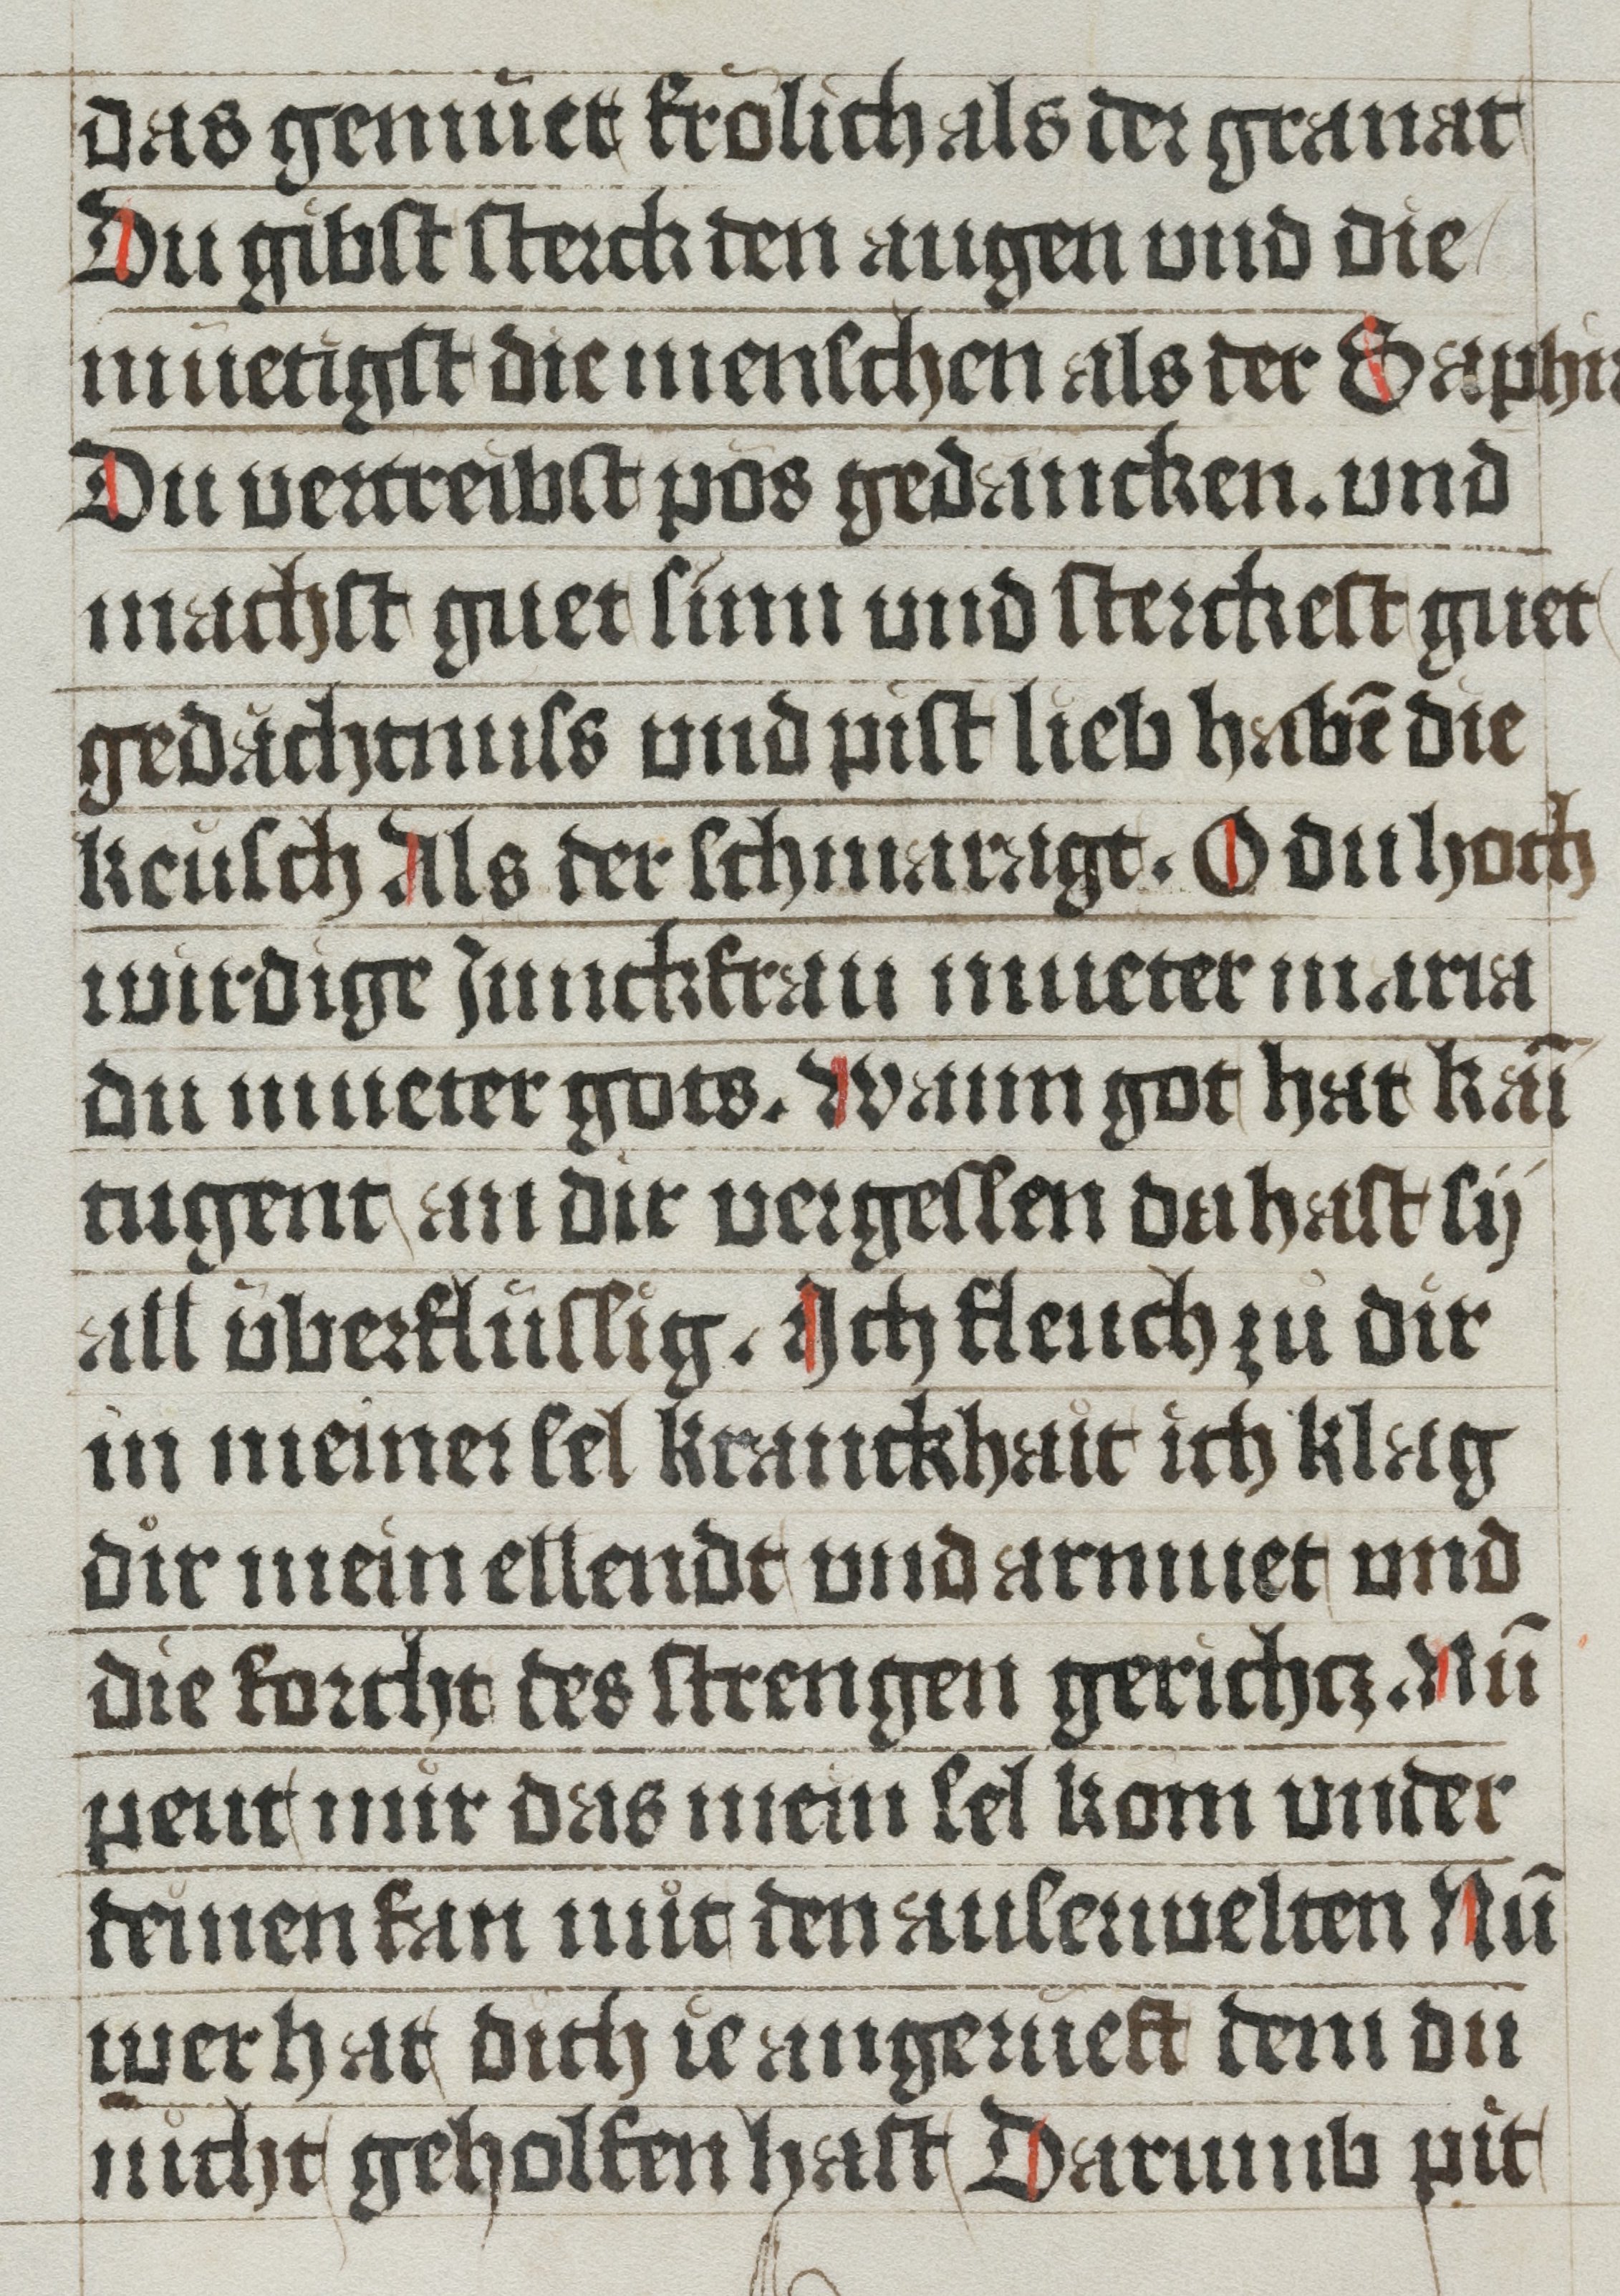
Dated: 1485–1535